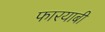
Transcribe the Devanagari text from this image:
फारयाबी